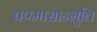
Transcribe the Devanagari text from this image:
षण्मासान्भुवि